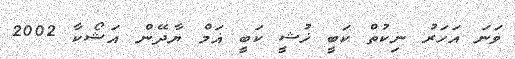
ވަނަ އަހަރު ނިކުތް ކަބީ ޚުޝީ ކަބީ ޣަމް ޔާދޭން އަޝޯކާ 2002